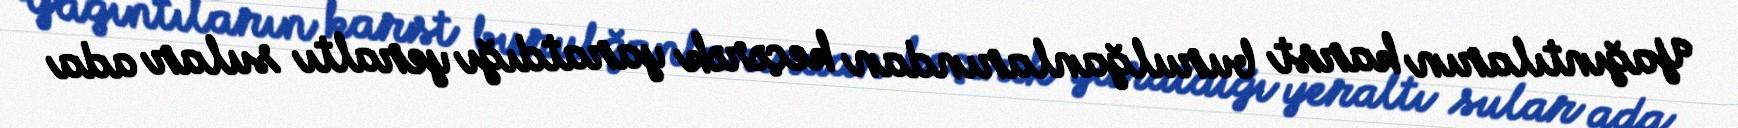
Yağıntıların karst burulğanlarından keçərək yaratdığı yeraltı sular ada